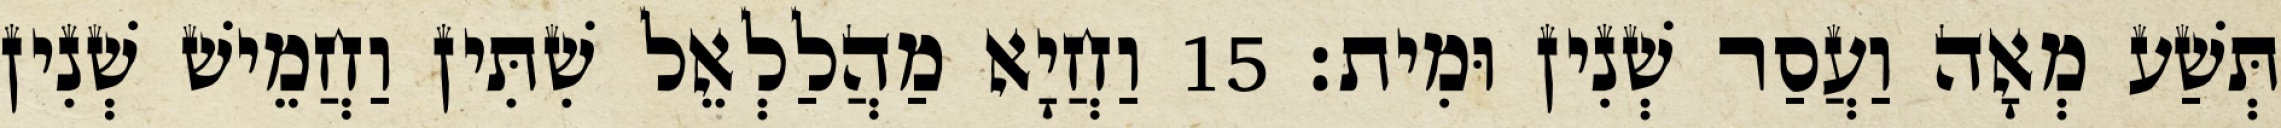
תְּשַׁע מְאָה וַעֲסַר שְׁנִין וּמִית׃ 15 וַחֲיָא מַהֲלַלְאֵל שִׁתִּין וַחֲמֵישׁ שְׁנִין